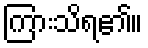
ကြားသိရ၏။